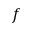
f